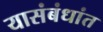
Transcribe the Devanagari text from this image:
यासंबंधांत